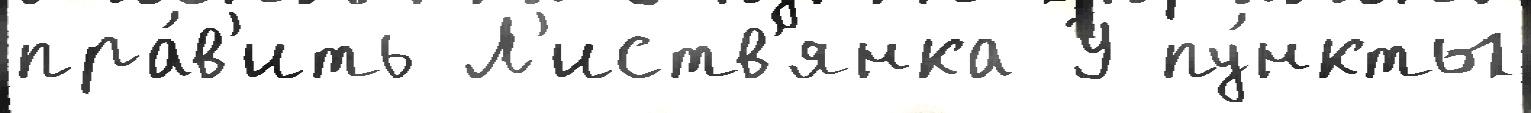
пра́в'ить Л'иств'янка У пу́нкты